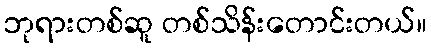
ဘုရားတစ်ဆူ တစ်သိန်းတောင်းတယ်။